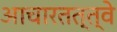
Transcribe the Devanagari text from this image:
आचारतत्त्वे